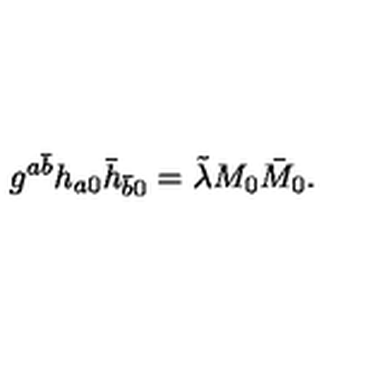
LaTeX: g ^ { a \bar { b } } h _ { a 0 } \bar { h } _ { \bar { b } 0 } = \tilde { \lambda } M _ { 0 } \bar { M } _ { 0 } .